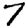
Digit: 7